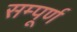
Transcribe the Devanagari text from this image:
सम्पूूूर्ण